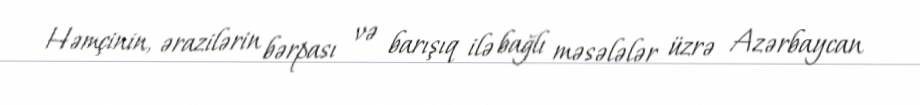
Həmçinin, ərazilərin bərpası və barışıq ilə bağlı məsələlər üzrə Azərbaycan